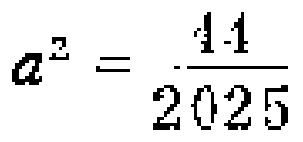
\(a^{2}=\frac{11}{2025}\)